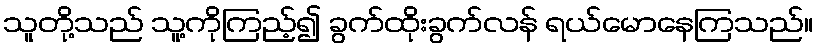
သူတို့သည် သူ့ကိုကြည့်၍ ခွက်ထိုးခွက်လန် ရယ်မောနေကြသည်။